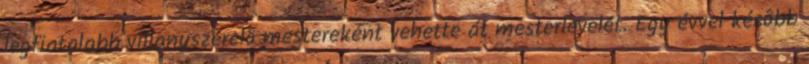
legfiatalabb villanyszerelô mestereként vehette át mesterlevelét. Egy évvel késôbb